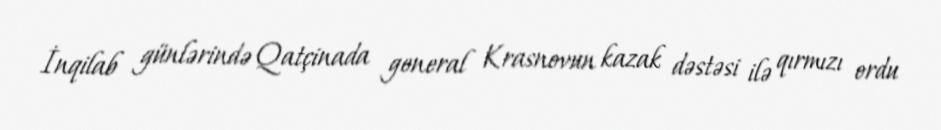
İnqilab günlərində Qatçinada general Krasnovun kazak dəstəsi ilə qırmızı ordu